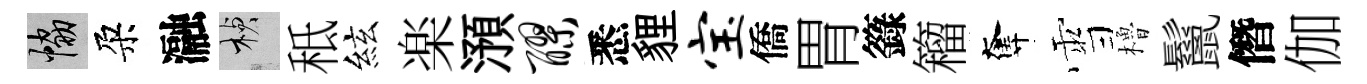
協朶瀜楨秪絃楽澦醪悉貍宝僑胃籙籕奪雪櫓鬣僭伽